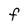
Character: F